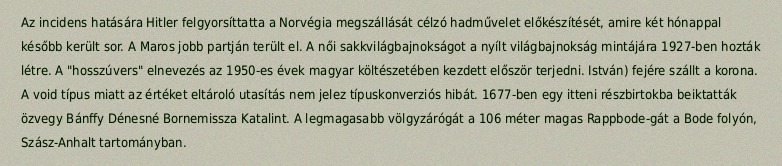
Az incidens hatására Hitler felgyorsíttatta a Norvégia megszállását célzó hadművelet előkészítését, amire két hónappal később került sor. A Maros jobb partján terült el. A női sakkvilágbajnokságot a nyílt világbajnokság mintájára 1927-ben hozták létre. A "hosszúvers" elnevezés az 1950-es évek magyar költészetében kezdett először terjedni. István) fejére szállt a korona. A void típus miatt az értéket eltároló utasítás nem jelez típuskonverziós hibát. 1677-ben egy itteni részbirtokba beiktatták özvegy Bánffy Dénesné Bornemissza Katalint. A legmagasabb völgyzárógát a 106 méter magas Rappbode-gát a Bode folyón, Szász-Anhalt tartományban.